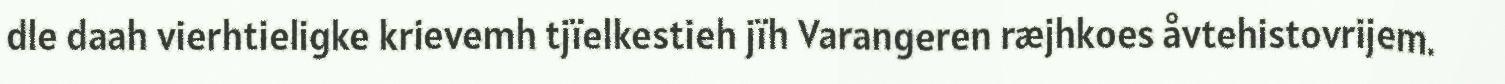
dle daah vierhtieligke krievemh tjïelkestieh jïh Varangeren ræjhkoes åvtehistovrijem.